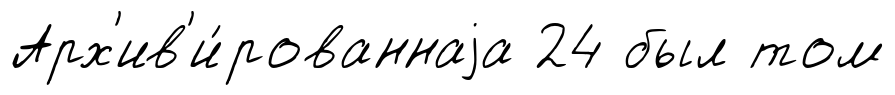
Арх'ив'и́рованнаjа 24 был том